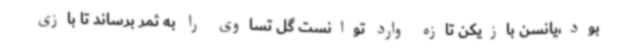
بود،یانسن بازیکن تازه وارد توانست گل تساوی را به ثمر برساند تا بازی